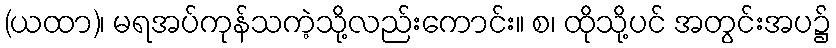
(ယထာ)၊ မရအပ်ကုန်သကဲ့သို့လည်းကောင်း။ စ၊ ထိုသို့ပင် အတွင်းအပ၌